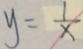
y = \frac { 1 } { x }